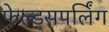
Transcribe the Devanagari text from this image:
फेल्ड्सपर्लिंग